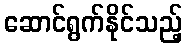
ဆောင်ရွက်နိုင်သည့်